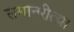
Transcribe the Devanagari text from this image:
समानरीत्या